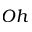
O h